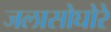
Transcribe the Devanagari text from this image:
जलासोघोरे